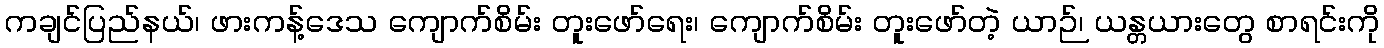
ကချင်ပြည်နယ်၊ ဖားကန့်ဒေသ ကျောက်စိမ်း တူးဖော်ရေး၊ ကျောက်စိမ်း တူးဖော်တဲ့ ယာဉ်၊ ယန္တယားတွေ စာရင်းကို